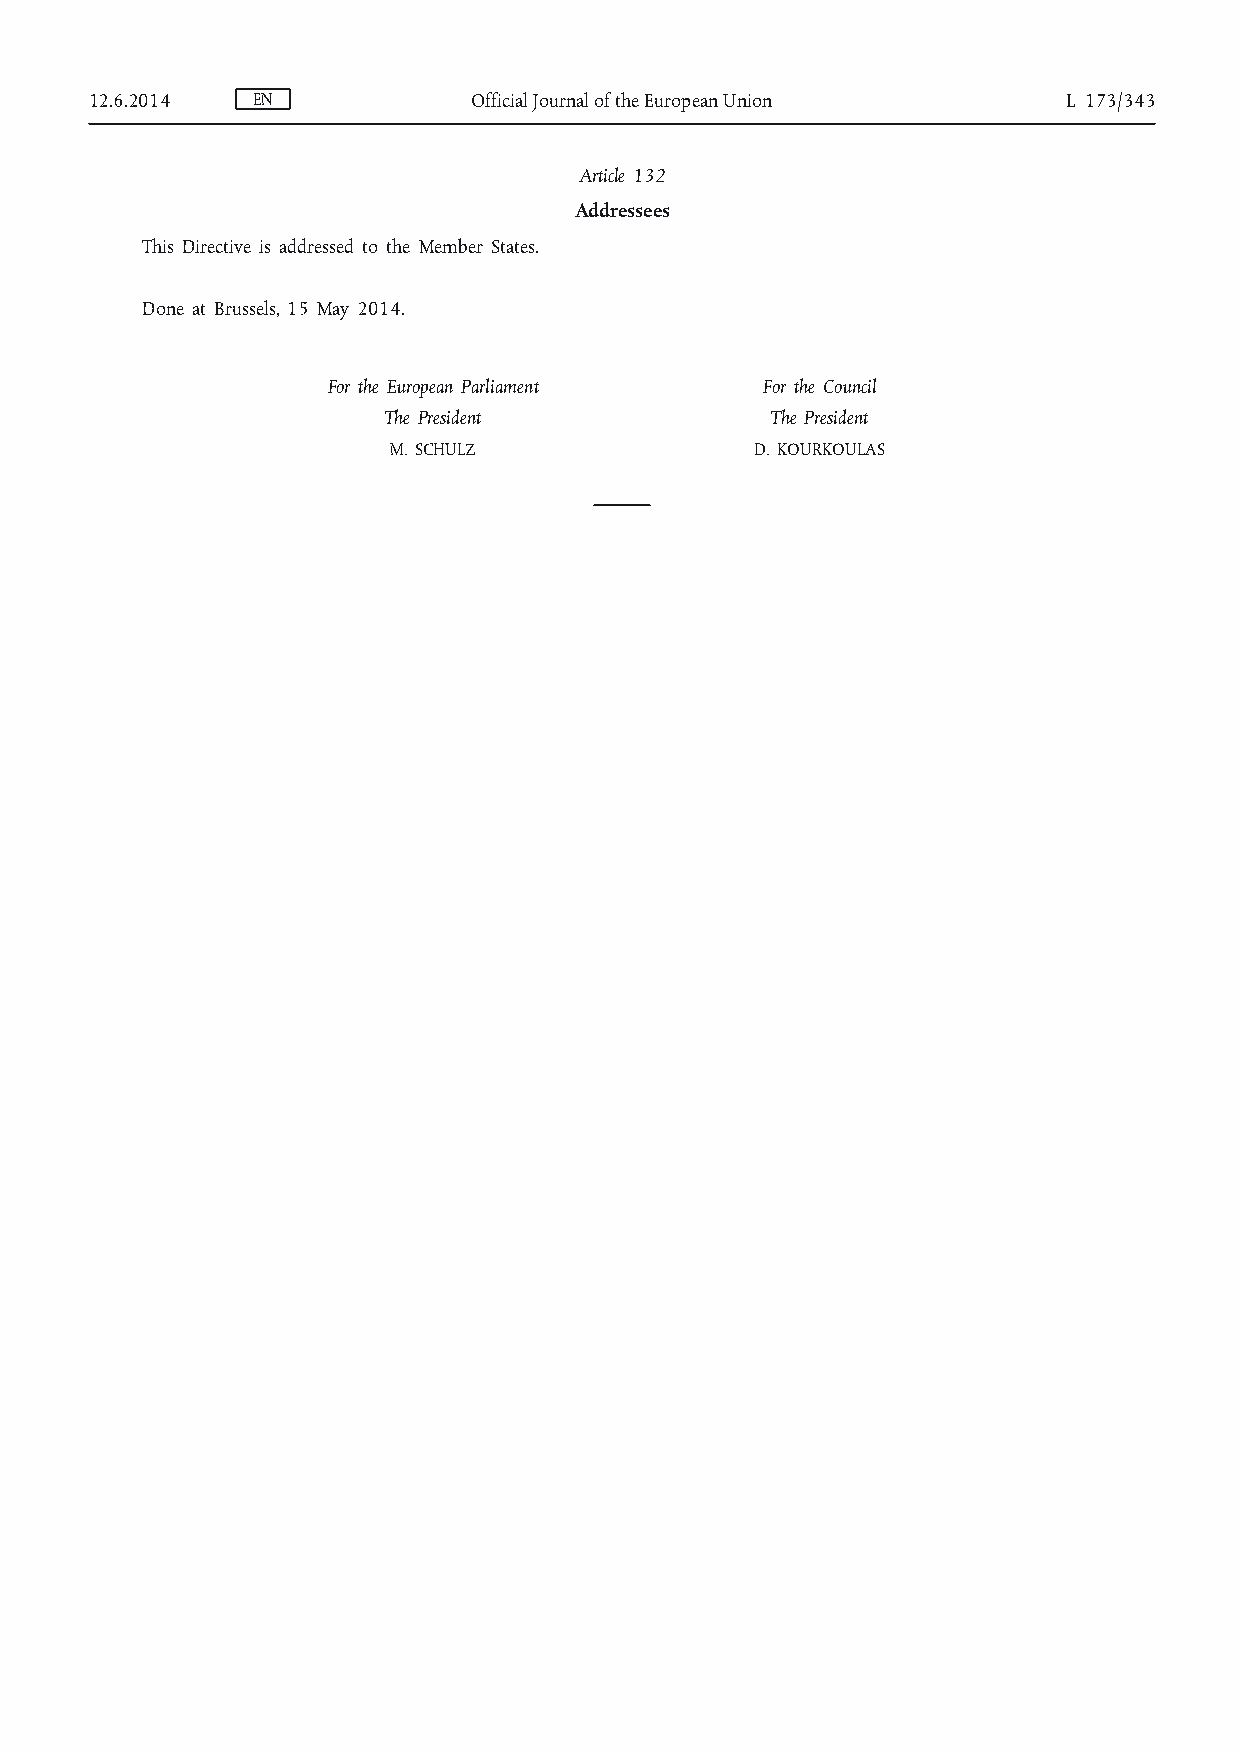
12.6.2014  EN            Official Journal of the European Union  L 173/343
 Article 132
 Addressees
 This Directive is addressed to the Member States.
 Done at Brussels, 15 May 2014.
 For the European Parliament  For the Council
 The President             The President
 M. SCHULZ               D. KOURKOULAS